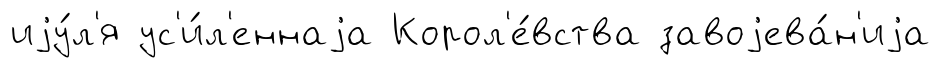
иjу́л'я ус'и́л'еннаjа Корол'е́вства завоjева́н'иjа